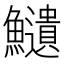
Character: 𩽎